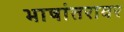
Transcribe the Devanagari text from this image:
भाषांतरावर